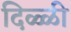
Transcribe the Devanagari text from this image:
दिळ्ळी